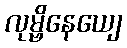
လုမ္ဗိနေယျေ